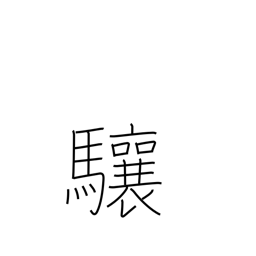
Meaning: lift one's head